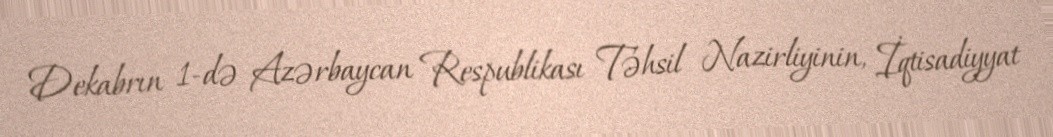
Dekabrın 1-də Azərbaycan Respublikası Təhsil Nazirliyinin, İqtisadiyyat